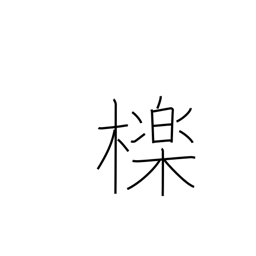
Meaning: oak used for charcoal